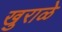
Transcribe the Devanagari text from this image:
खुराळे